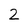
Character: 2